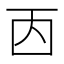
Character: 㐁